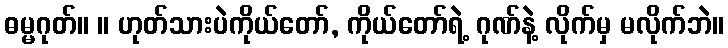
ဓမ္မဂုတ်။ ။ ဟုတ်သားပဲကိုယ်တော်, ကိုယ်တော်ရဲ့ ဂုဏ်နဲ့ လိုက်မှ မလိုက်ဘဲ။